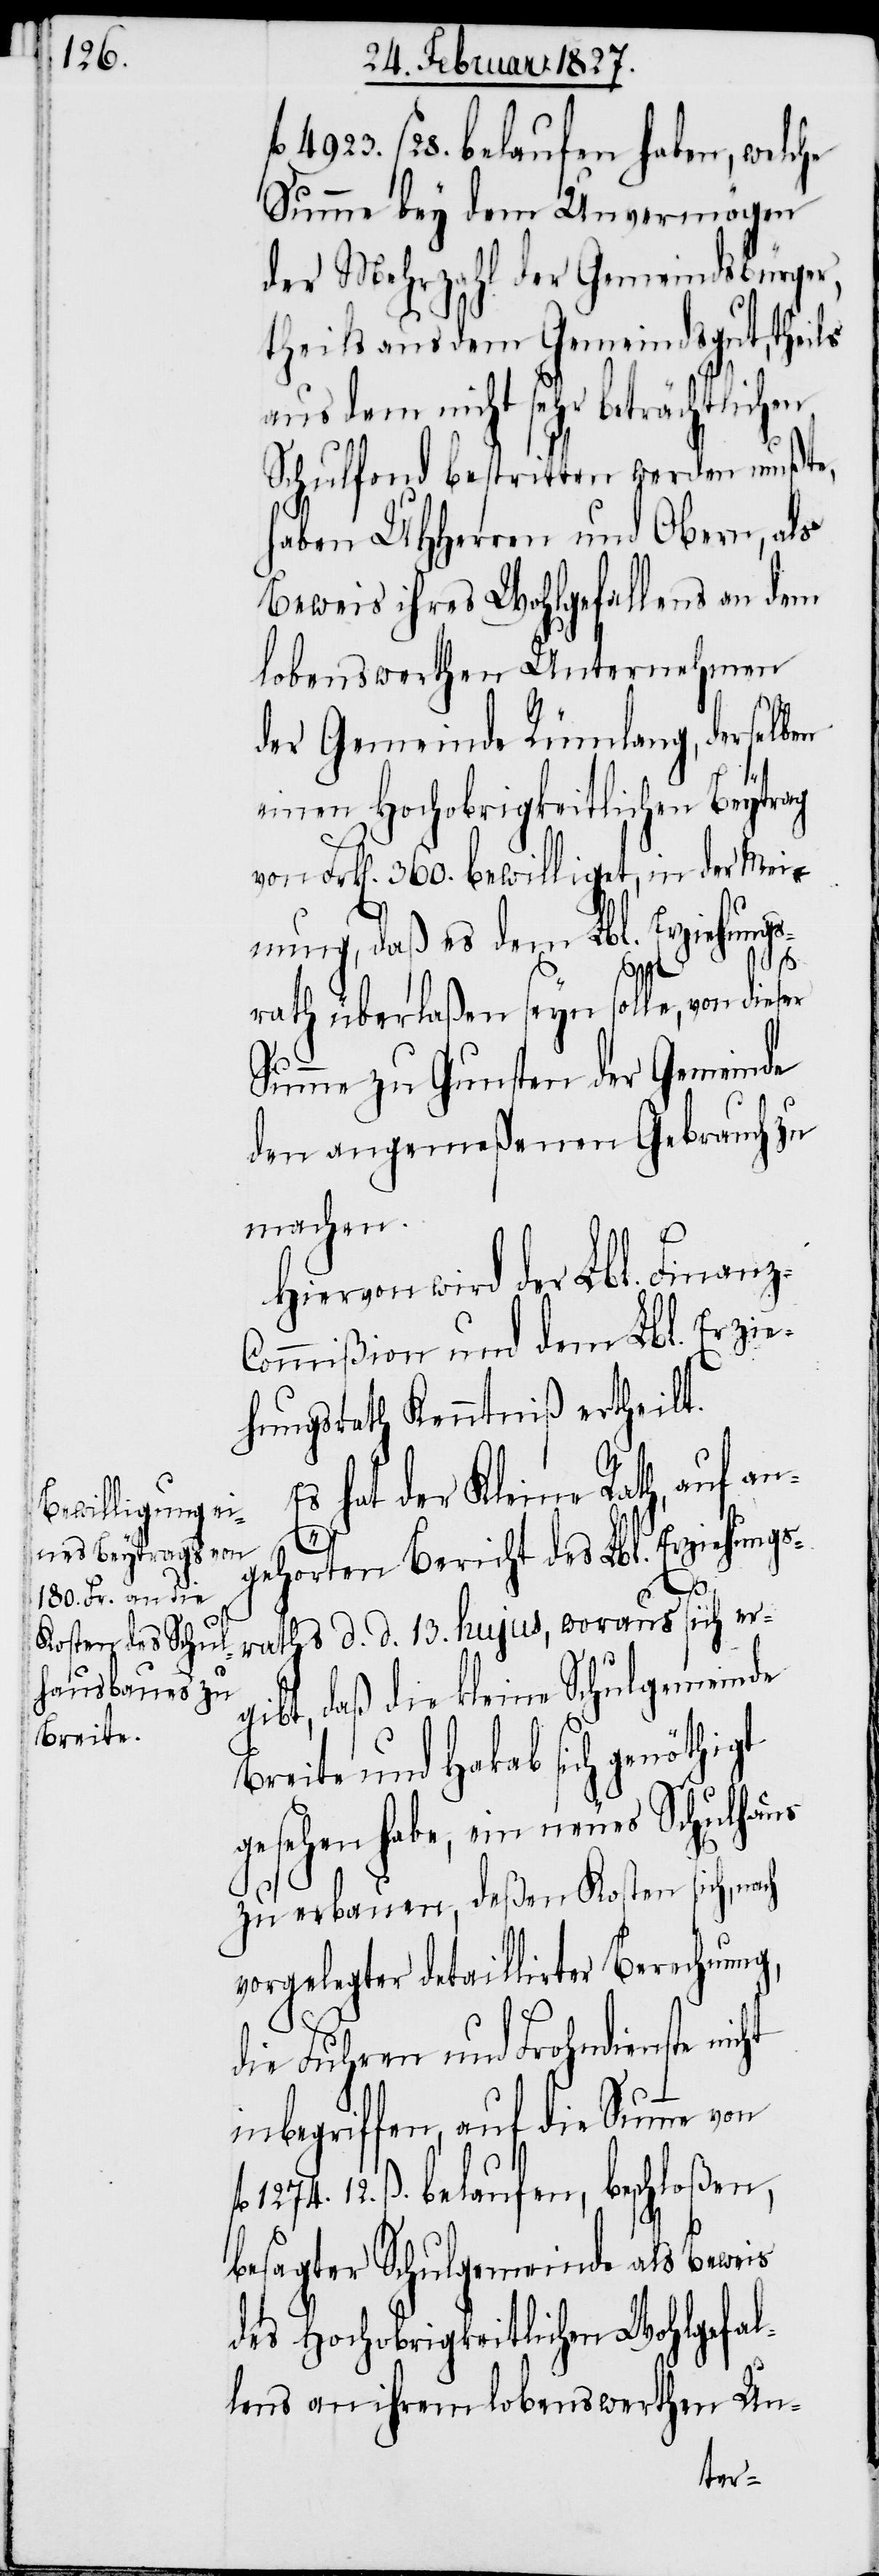
ß 28. belaufen haben, welche
Summe bey dem Unvermögen
der Mehrzahl der Gemeindsbürger,
theils aus dem Gemeindsgut, theils
aus dem nicht sehr beträchtlichen
Schulfond bestritten werden mußte,
haben UHHerren und Obern, als
Beweis ihres Wohlgefallens an dem
lobenswerthen Unternehmen
der Gemeinde Rümlang, derselben
einen Hochobrigkeitlichen Beytrag
von Frk[en]. 360. bewilliget, in der Mei¬
nung, daß es dem Lbl. Erziehungs¬
1274.
fl.
rath überlaßen seyn solle, von dieser
Summe zu Gunsten der Gemeinde
den angemeßenen Gebrauch zu
machen.
Hiervon wird der Lbl. Finan¬
ommißion und dem Lbl. Erzie¬
hungsrath Kenntniß ertheilt.
Es hat der Kleine Rath, auf
gehörten Bericht des Lbl. Erziehungs¬
an¬
rathes d. d. 13. hujus, woraus sich er¬
gibt, daß die kleine Schulgemeinde
Breite und Hakab sich genöthigt
gesehen habe, ein neues Schulhaus
zu erbauen, deßen Kosten sich, nach
vorgelegter detaillirter Berechnung,
die Fuhren und Frohndienste
inbegriffen, auf die Summe von
12. ß. belaufen, beschloßen,
besagter Schulgemeinde als Beweis
des Hochobrigkeitlichen Wohlgefal¬
lens an ihrem lobenswerthen Un-